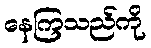
နေကြသည်ကို